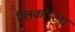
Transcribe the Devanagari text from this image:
प्लिकॉप्टरा